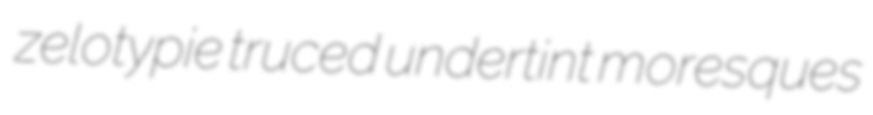
zelotypie truced undertint moresques